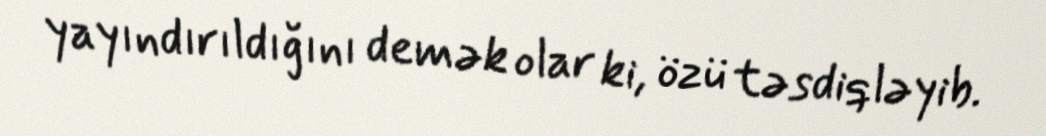
yayındırıldığını demək olar ki, özü təsdiqləyib.